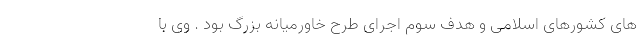
های کشورهای اسلامی و هدف سوم اجرای طرح خاورمیانه بزرگ بود . وی با